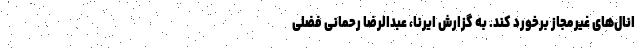
انال‌های غیرمجاز برخورد کند. به گزارش ایرنا، عبدالرضا رحمانی فضلی